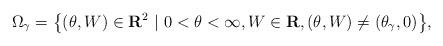
LaTeX: \begin{align*}\Omega_{\gamma}=\big\{ (\theta, W)\in \mathbf{R}^{2} \ | \ 0<\theta <\infty, W\in \mathbf{R},(\theta,W)\neq (\theta_{\gamma },0)\big\},\end{align*}